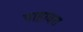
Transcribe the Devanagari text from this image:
पाहावत